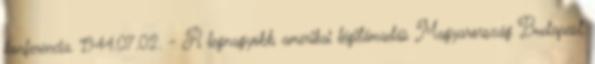
konferencia. 1944.07.02. - A legnagyobb amerikai légitámadás Magyarország Budapest,